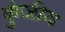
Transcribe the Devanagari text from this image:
कुंजीय